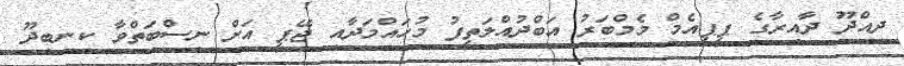
ދިއްދޫ ދާއިރާގެ ޕީޕީއެމް މެމްބަރު އަބްދުއްލަތީފު މުހައްމަދާއި ޖޭޕީ އަށް ނިސްބަތްވާ ކިނބިދޫ